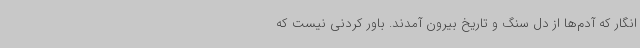
انگار که آدم‌ها از دل سنگ و تاریخ بیرون آمدند. باور کردنی نیست که